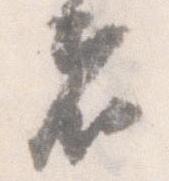
者